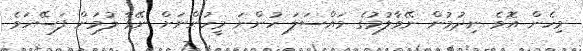
މިހެން އޮވެ ނިދުމުން ނޭވާލުމުގެ މައްސަލަ ހުންނަ މީހުންނަށް ނޭވާ ލުމަށް ފަސޭހަވެ